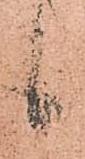
候